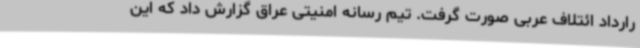
رارداد ائتلاف عربی صورت گرفت. تیم رسانه امنیتی عراق گزارش داد که این